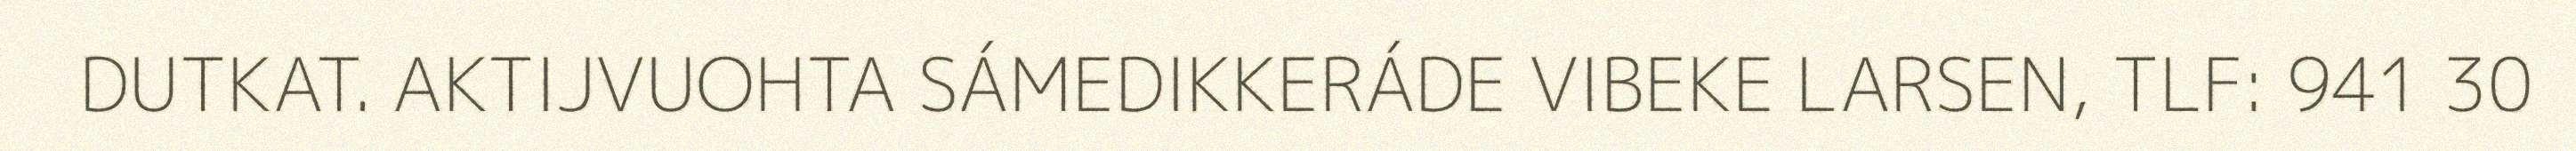
DUTKAT. AKTIJVUOHTA SÁMEDIKKERÁDE VIBEKE LARSEN, TLF: 941 30